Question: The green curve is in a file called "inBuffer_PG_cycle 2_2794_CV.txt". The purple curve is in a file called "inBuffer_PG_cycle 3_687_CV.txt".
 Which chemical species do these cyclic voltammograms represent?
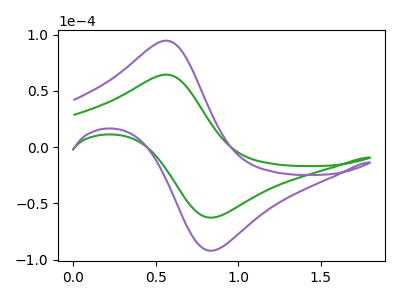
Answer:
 <answer>The green curve is labeled "PG cycle 2". The purple curve is labeled "PG cycle 3".</answer>
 <eval></eval>